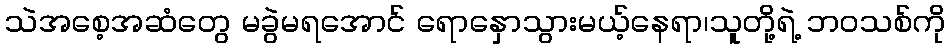
သဲအစေ့အဆံတွေ မခွဲမရအောင် ရောနှောသွားမယ့်နေရာ၊သူတို့ရဲ့ ဘဝသစ်ကို